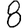
Digit: 8